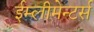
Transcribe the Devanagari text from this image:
ईम्लीमेन्टर्स